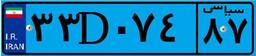
۳۳D۰۷۴۸۷